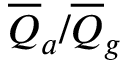
\overline { { Q } } _ { a } / \overline { { Q } } _ { g }